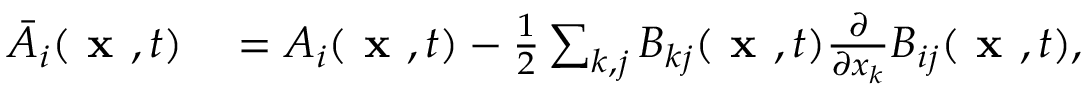
\begin{array} { r l } { \bar { A } _ { i } ( \textbf { x } , t ) } & { { } = A _ { i } ( \textbf { x } , t ) - \frac { 1 } { 2 } \sum _ { k , j } B _ { k j } ( \textbf { x } , t ) \frac { \partial } { \partial x _ { k } } B _ { i j } ( \textbf { x } , t ) , } \end{array}